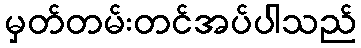
မှတ်တမ်းတင်အပ်ပါသည်